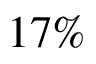
1 7 \%